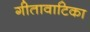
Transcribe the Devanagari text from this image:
गीतावाटिका